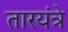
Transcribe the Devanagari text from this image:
तारयंत्रे